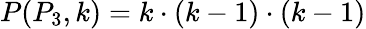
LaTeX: P(P_{3},k)=k\cdot(k-1)\cdot(k-1)